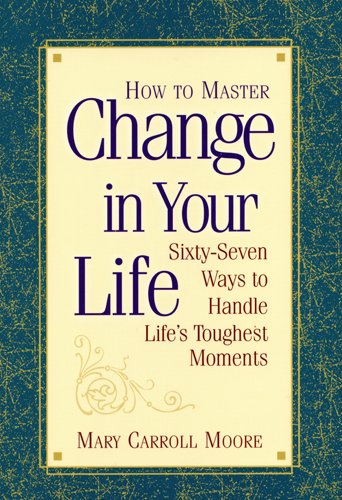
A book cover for How to Master Change in Your Life: 67 Ways to Handle Life's Toughest Moments; Mary Carroll Moore; Religion & Spirituality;